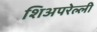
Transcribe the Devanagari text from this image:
शिअपरेल्ली